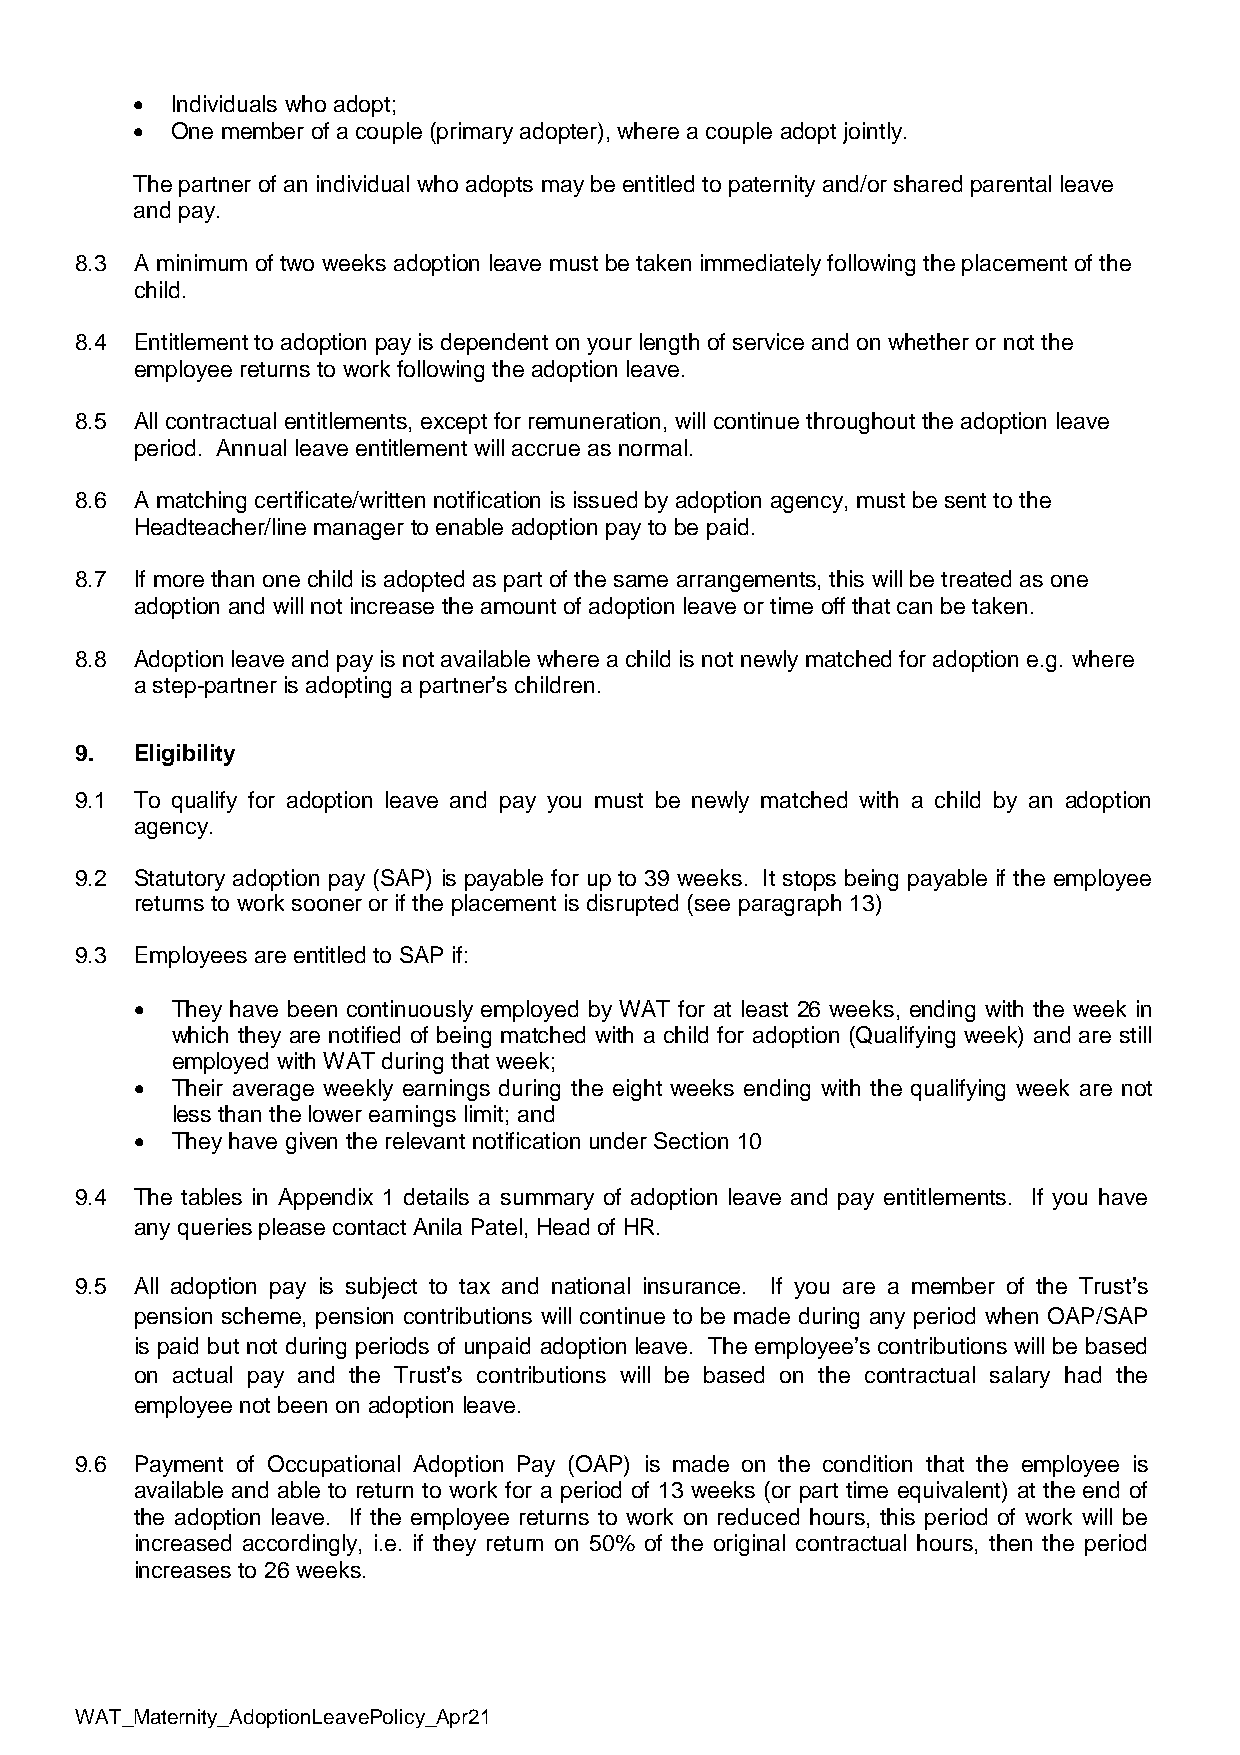
• Individuals who adopt;
 • One member of a couple (primary adopter), where a couple adopt jointly.
 The partner of an individual who adopts may be entitled to paternity and/or shared parental leave
 and pay.
 8.3 A minimum of two weeks adoption leave must be taken immediately following the placement of the
 child.
 8.4 Entitlement to adoption pay is dependent on your length of service and on whether or not the
 employee returns to work following the adoption leave.
 8.5 All contractual entitlements, except for remuneration, will continue throughout the adoption leave
 period. Annual leave entitlement will accrue as normal.
 8.6 A matching certificate/written notification is issued by adoption agency, must be sent to the
 Headteacher/line manager to enable adoption pay to be paid.
 8.7 If more than one child is adopted as part of the same arrangements, this will be treated as one
 adoption and will not increase the amount of adoption leave or time off that can be taken.
 8.8 Adoption leave and pay is not available where a child is not newly matched for adoption e.g. where
 a step-partner is adopting a partner’s children.
 9.  Eligibility
 9.1 To qualify for adoption leave and pay you must be newly matched with a child by an adoption
 agency.
 9.2 Statutory adoption pay (SAP) is payable for up to 39 weeks. It stops being payable if the employee
 returns to work sooner or if the placement is disrupted (see paragraph 13)
 9.3 Employees are entitled to SAP if:
 • They have been continuously employed by WAT for at least 26 weeks, ending with the week in
 which they are notified of being matched with a child for adoption (Qualifying week) and are still
 employed with WAT during that week;
 • Their average weekly earnings during the eight weeks ending with the qualifying week are not
 less than the lower earnings limit; and
 • They have given the relevant notification under Section 10
 9.4 The tables in Appendix 1 details a summary of adoption leave and pay entitlements. If you have
 any queries please contact Anila Patel, Head of HR.
 9.5 All adoption pay is subject to tax and national insurance. If you are a member of the Trust’s
 pension scheme, pension contributions will continue to be made during any period when OAP/SAP
 is paid but not during periods of unpaid adoption leave. The employee’s contributions will be based
 on actual pay and the Trust’s contributions will be based on the contractual salary had the
 employee not been on adoption leave.
 9.6 Payment of Occupational Adoption Pay (OAP) is made on the condition that the employee is
 available and able to return to work for a period of 13 weeks (or part time equivalent) at the end of
 the adoption leave. If the employee returns to work on reduced hours, this period of work will be
 increased accordingly, i.e. if they return on 50% of the original contractual hours, then the period
 increases to 26 weeks.
 WAT_Maternity_AdoptionLeavePolicy_Apr21